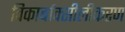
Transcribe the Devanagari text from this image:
विकार्बाक्सीलीकरण